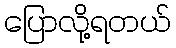
ပြောလို့ရတယ်